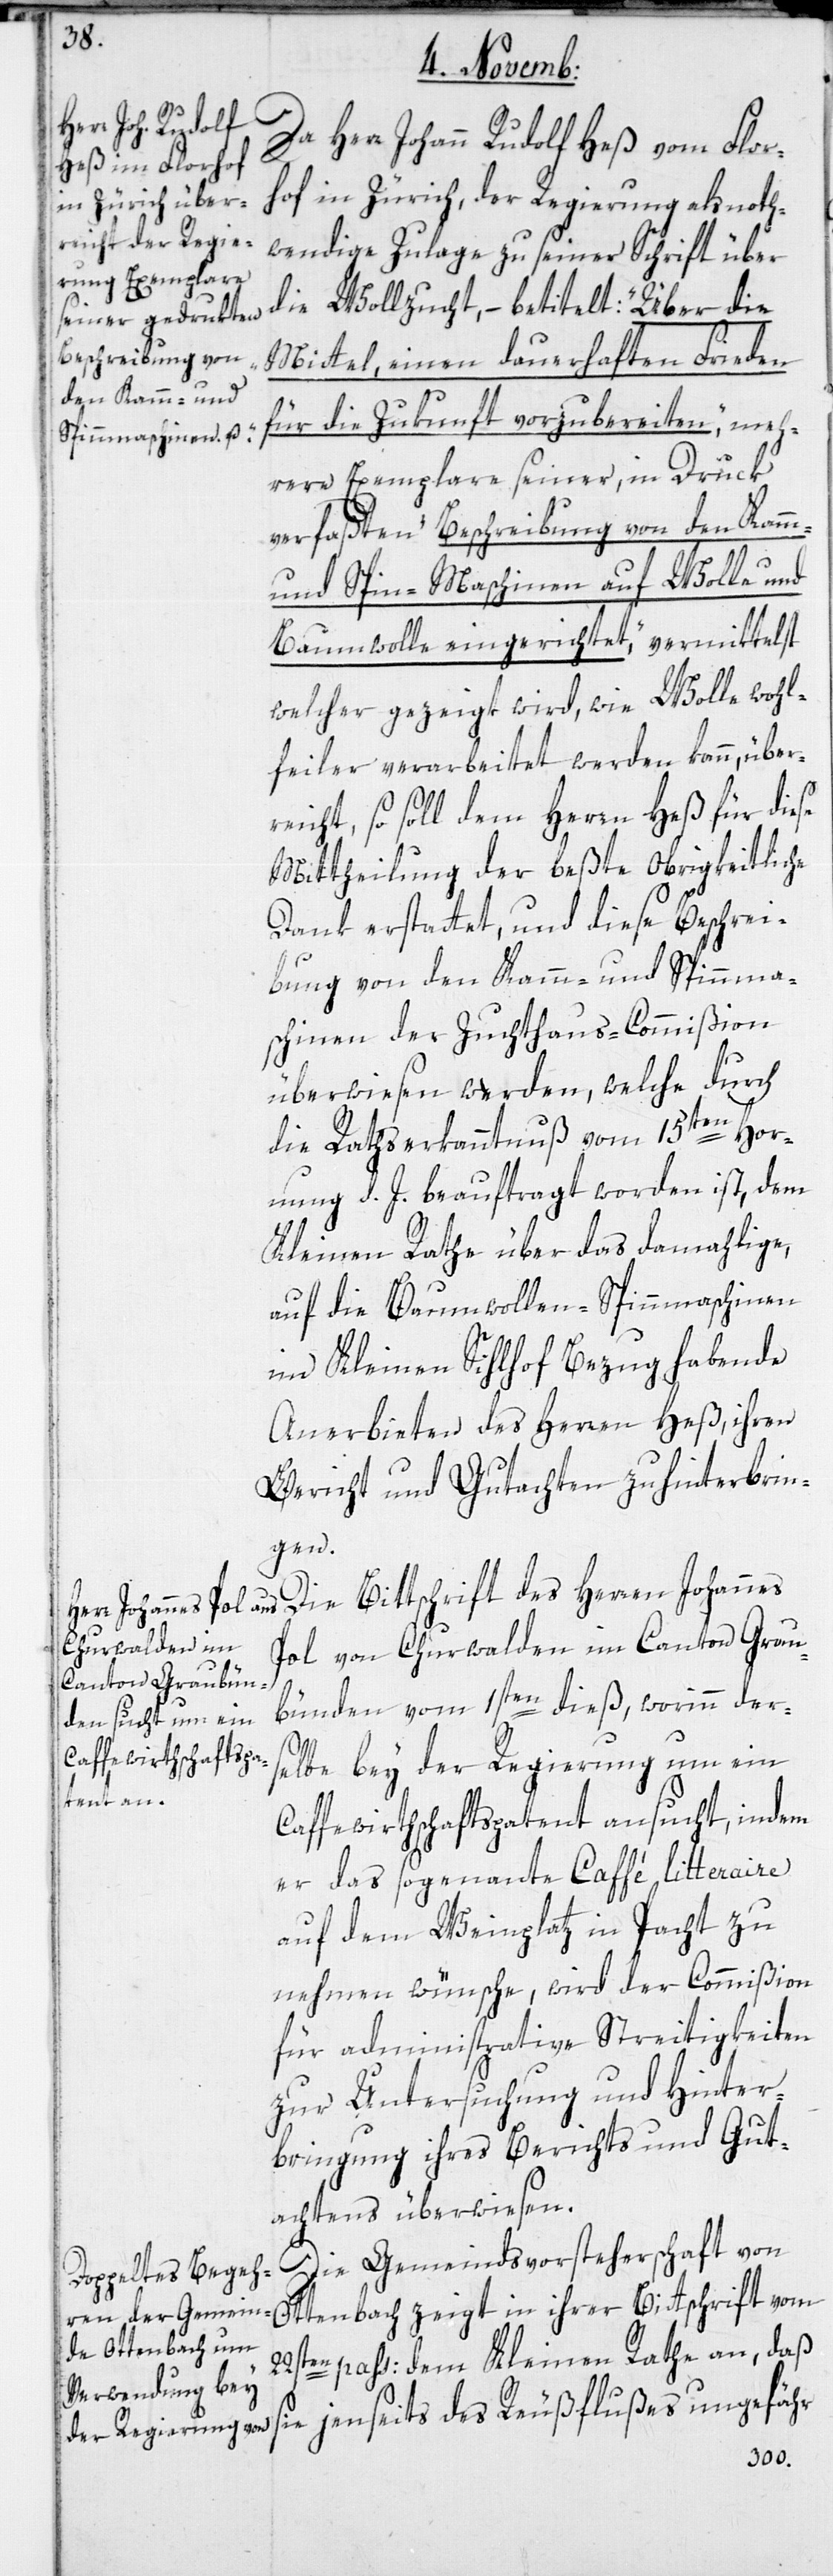
hrer Bittschrift
Da Herr Johann Rudolf Heß vom Flor¬
hof in Zürich, der Regierung als noth¬
wendige Zulage zu seiner Schrift über
die Wollzucht, – betitelt: „Über die
Mittel, einen dauerhaften Frieden
für die Zukunft vorzubereiten“, meh¬
rere Exemplare seiner, in Druck
verfaßten „Beschreibung von den Kamm-
und Spinnmaschinen auf Wolle und
Baumwolle eingerichtet“, vermittelst
welcher gezeigt wird, wie Wolle wohl¬
feiler verarbeitet werden kann, über¬
reicht, so soll dem Herrn Heß für diese
Mittheilung der beßte Obrigkeitliche
Dank erstattet, und diese Beschrei¬
bung von den Kamm- und Spinnma¬
schinen der Zuchthaus-Commißion
überwiesen werden, welche durch
i¬
die Rathserkanntnuß vom 15ten Hor¬
nung d. J. beauftragt worden ist, dem
Kleinen Rathe über das damahlige,
auf die Baumwollen-Spinnmaschinen
im Kleinen Sihlhof Bezug habende
Anerbieten des Herren Heß, ihren
Bericht und Gutachten zu hinterbrin¬
gen.
Pol von Churwalden im Canton Grau¬
bünden vom 1sten dieß, worinn der¬
selbe bey der Regierung um ein
ffeewirthschaftspatent ansucht, indem
er das sogenannte Caffé litteraire
auf dem Weinplatz in Pacht zu
nehmen wünsche, wird der Commißion
für administrative Streitigkeiten
zur Untersuchung und Hinter¬
bringung ihres Berichts und Gut¬
achtens überwiesen.
Die Gemeindsvorsteherschaft von
22sten pass: dem Kleinen Rathe an, daß
sie jenseits des Reußflußes ungefähr